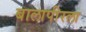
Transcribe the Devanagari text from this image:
बालापीरला